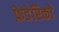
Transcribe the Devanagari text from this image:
फ़ेडेरिको